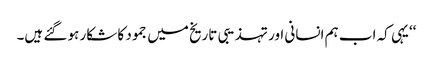
‘‘یہی کہ اب ہم انسانی اور تہذیبی تاریخ میں جمود کا شکار ہو گئے ہیں۔